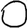
Digit: 0